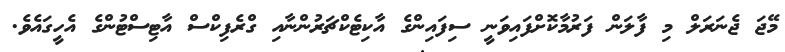
މޭޖަ ޖެނަރަލް މި ފާލަން ފަރުމާކޮށްފައިވަނީ ސިފައިންގެ އާކިޓެކްޗަރުންނާއި ގްރެފިކްސް އާޓިސްޓުންގެ އެހީގައެވެ.